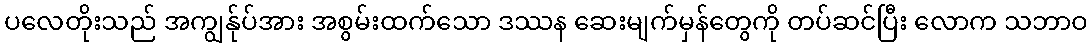
ပလေတိုးသည် အကျွန်ုပ်အား အစွမ်းထက်သော ဒဿန ဆေးမျက်မှန်တွေကို တပ်ဆင်ပြီး လောက သဘာဝ